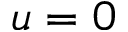
u = 0